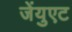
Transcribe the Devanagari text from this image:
जेंयुएट